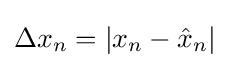
\Delta x_{n}=|x_{n}-{\hat {x}}_{n}|